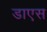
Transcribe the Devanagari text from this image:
डाएस